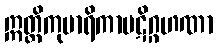
ဣတ္ထိကုမာရိကာပဋိဂ္ဂဟဏာ